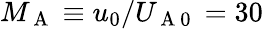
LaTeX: M_{\mathrm{~A~}}\equiv u_{0}/U_{\mathrm{~A~0~}}=30